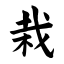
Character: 栽